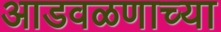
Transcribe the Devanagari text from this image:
आडवळणाच्या